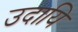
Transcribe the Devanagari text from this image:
उदायि